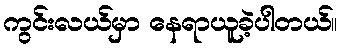
ကွင်းလယ်မှာ နေရာယူခဲ့ပါတယ်။